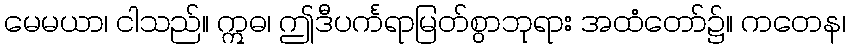
မေမယာ၊ ငါသည်။ ဣဓ၊ ဤဒီပင်္ကရာမြတ်စွာဘုရား အထံတော်၌။ ကတေန၊